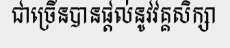
ជាច្រើនបានផ្តល់នូវវគ្គសិក្សា